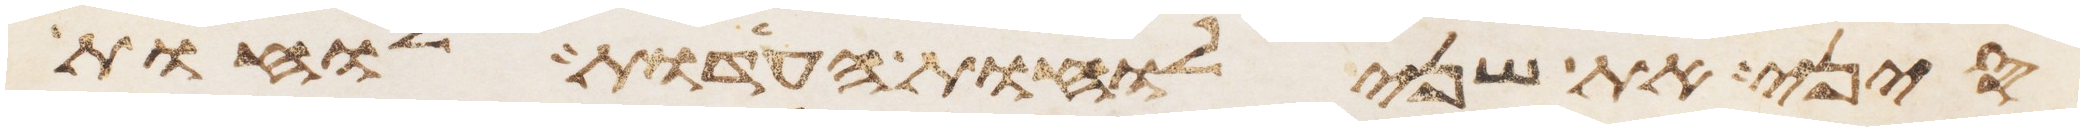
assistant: סיני את שני לוחת העדות לוחת